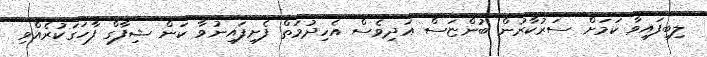
ލިބިފައިވާ ކަމަށް ސަރުކާރުން ބުންޏަސް އަދިވެސް އެހިދުމަތް ފެށިފައިނުވާ ކަން ޝިފާގް ފާހަގަކުރެއްވި